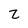
Character: Z